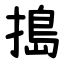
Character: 搗